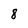
Character: 8